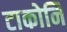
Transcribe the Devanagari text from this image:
टाकोनि